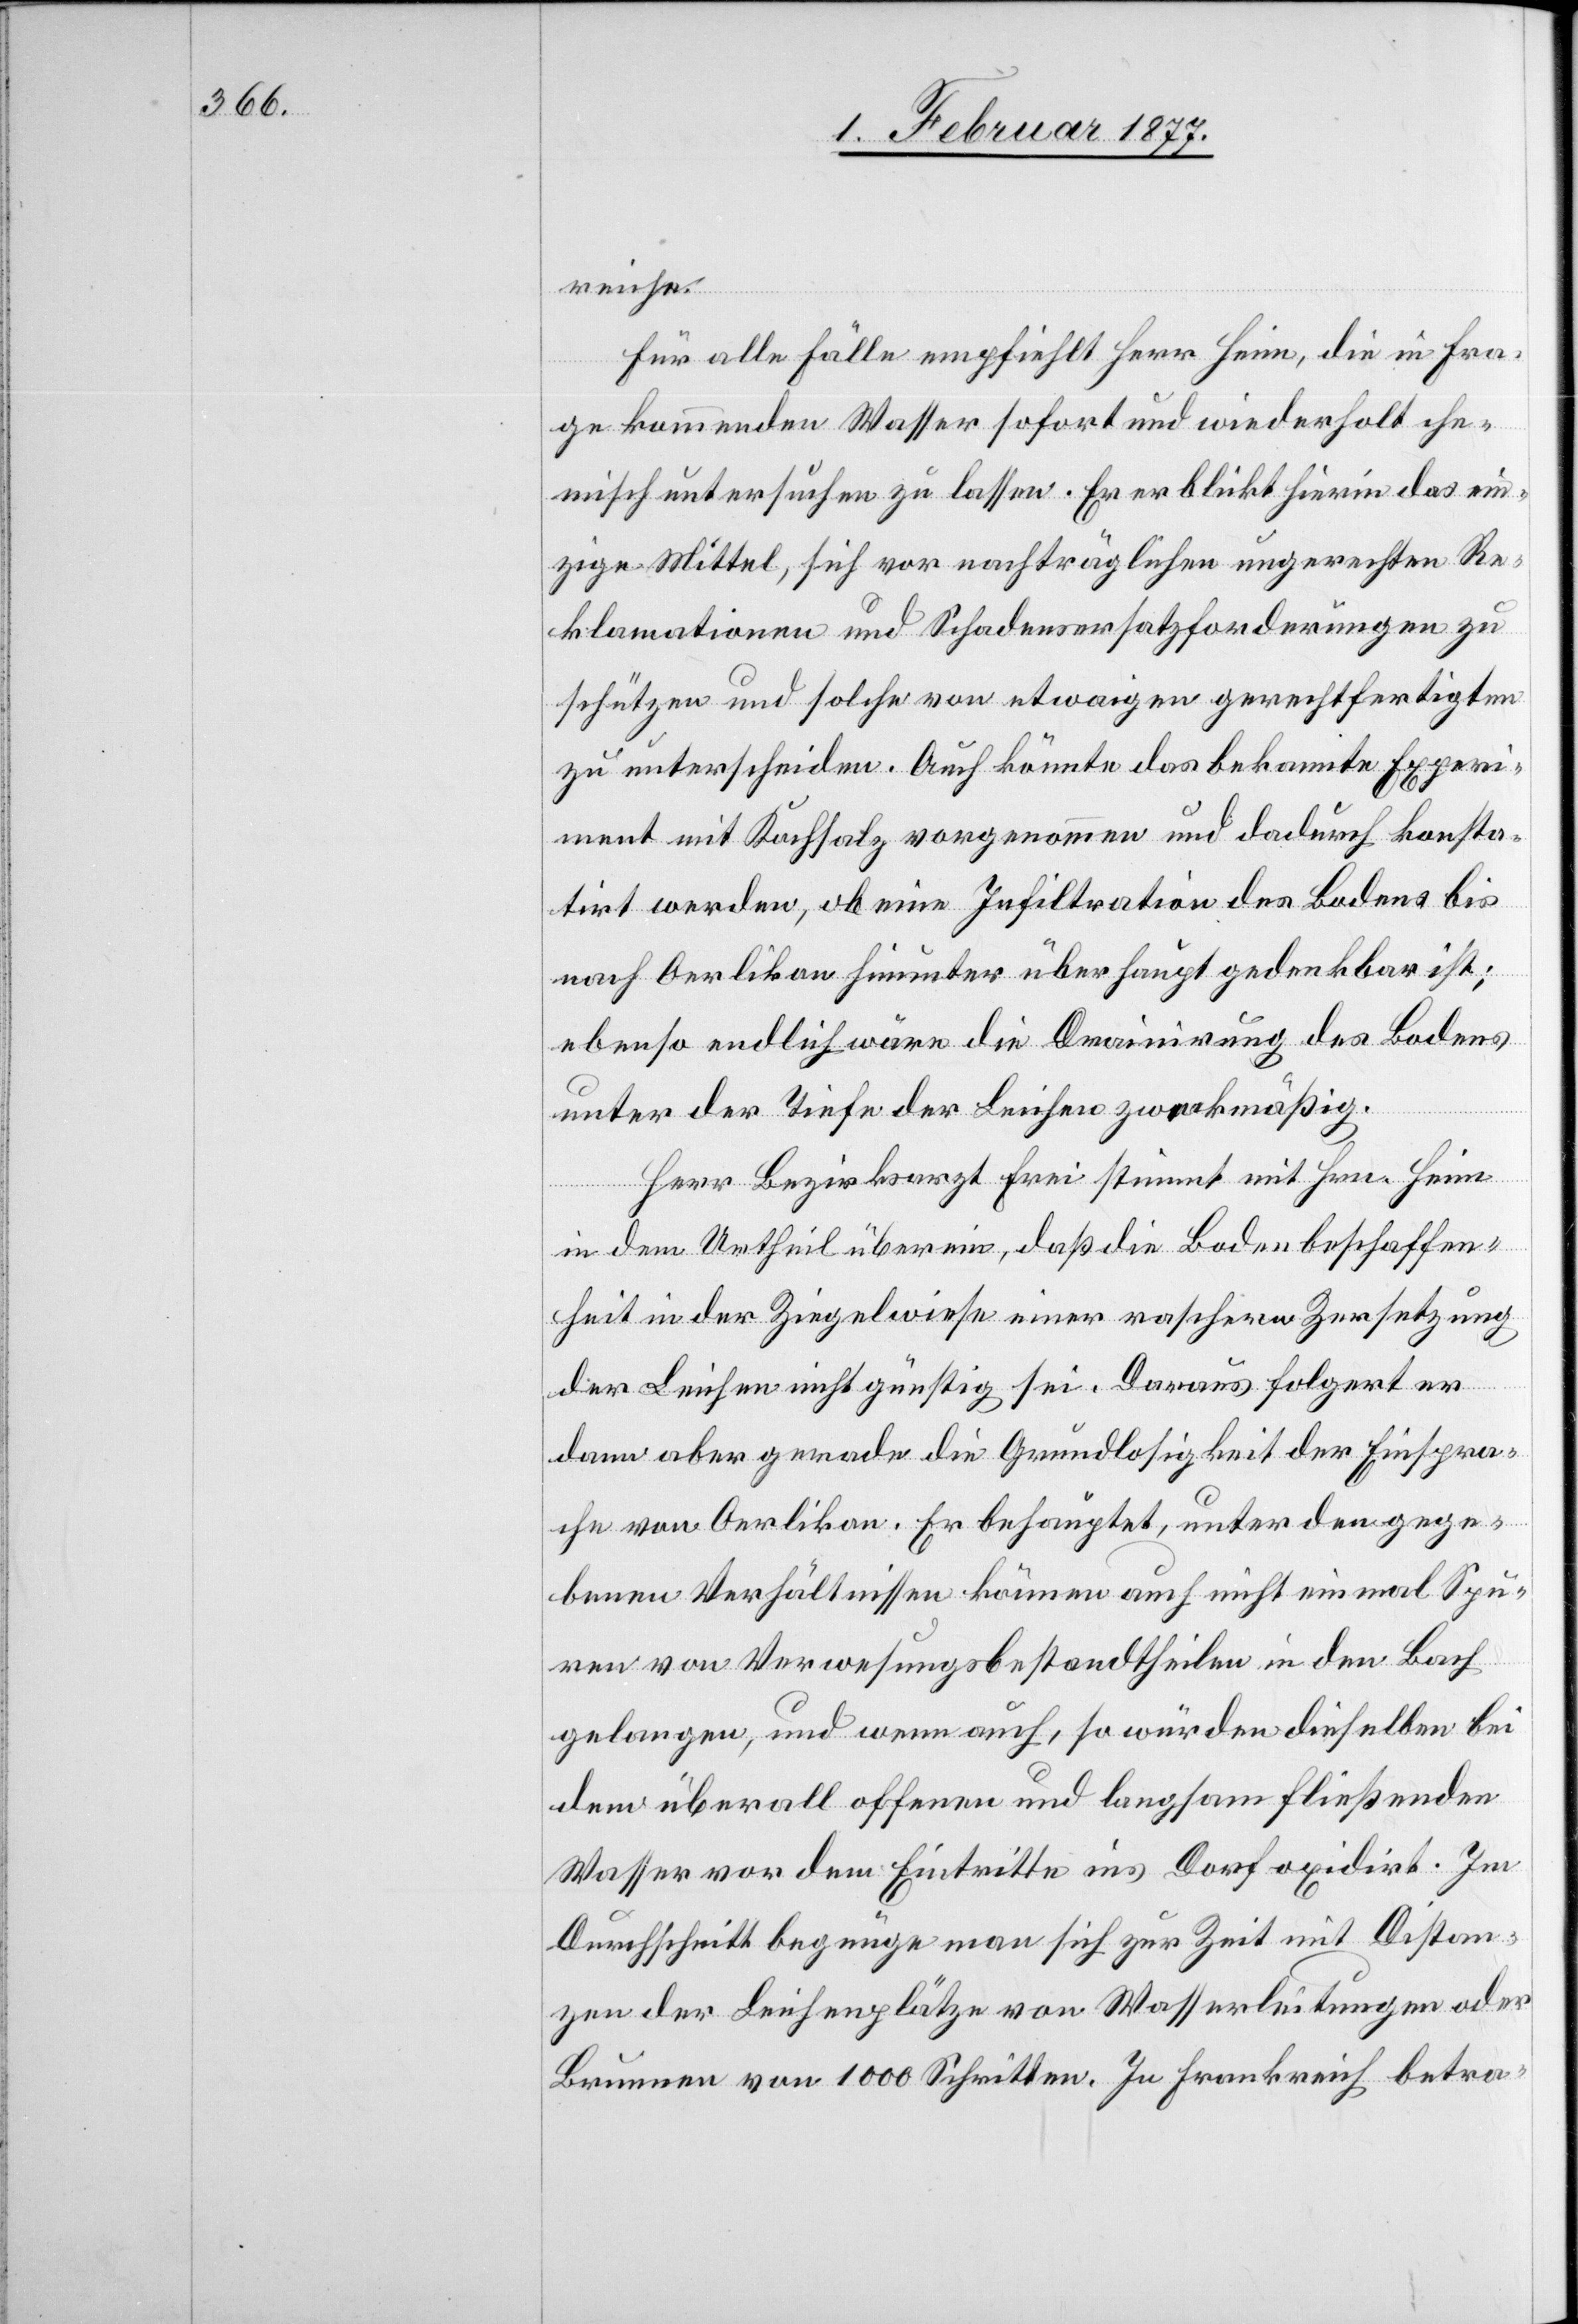
Für alle Fälle empfiehlt Herr Heim, die in Fra¬
ge kommenden Wasser sofort und wiederholt che¬
misch untersuchen zu lassen. Er erblickt hierin das ein¬
zige Mittel, sich vor nachträglichen ungerechten Re¬
klamationen und Schadensersatzforderungen zu
schützen und solche von etwaigen gerechtfertigten
zu unterscheiden. Auch könnte das bekannte Experi¬
ment mit Kochsalz vorgenommen und dadurch konsta¬
tirt werden, ob eine Infiltration des Bodens bis
nach Oerlikon hinunter überhaupt gedenkbar ist;
ebenso endlich wäre die Drainirung des Bodens
unter der Tiefe der Leichen zweckmäßig.
Herr Bezirksarzt Frei stimmt mit Hrn. Heim
in dem Urtheil überein, daß die Bodenbeschaffen¬
heit in der Ziegelwiese einer raschen Zersetzung
der Leichen nicht günstig sei. Daraus folgert er
dann aber gerade die Grundlosigkeit der Einspra¬
chen von Oerlikon. Er behauptet, unter den gege¬
benen Verhältnissen können auch nicht einmal Spu¬
ren von Verwesungsbestandtheilen in den Bach
gelangen, und wenn auch, so würden dieselben bei
dem überall offenen und langsam fließenden
Wasser vor dem Eintritte ins Dorf oxidirt. Im
Durchschnitt begnüge man sich zur Zeit mit Distan¬
zen der Leichenplätze von Wasserleitungen oder
Brunnen von 1000 Schritten. In Frankreich betra-